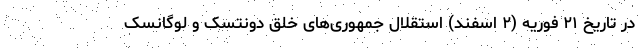
در تاریخ ۲۱ فوریه (۲ اسفند) استقلال جمهوری‌های خلق دونتسک و لوگانسک